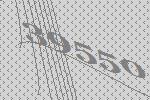
39550